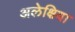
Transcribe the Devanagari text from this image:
अलेक्षिया